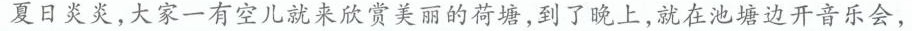
夏日炎炎，大家一有空儿就来欣赏美丽的荷塘，到了晚上，就在池塘边开音乐会，